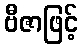
ဗီဇာဖြင့်